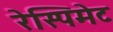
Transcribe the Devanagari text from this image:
रेस्पिमेट